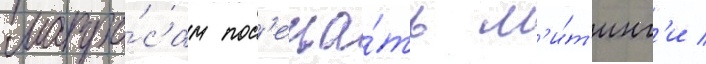
матро́сам пос'еща́ть м'и́т'инг'и /